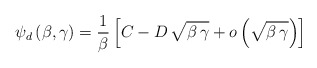
\begin{align*}\psi_d \, (\beta , \gamma) = \frac{1}{\beta} \left[ C - D \,\sqrt{\beta \, \gamma} + o \left( \sqrt{\beta \, \gamma} \right)\right] \end{align*}